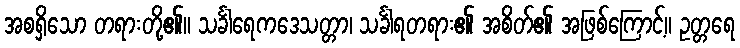
အစရှိသော တရားတို့၏။ သင်္ခါရေကဒေသတ္တာ၊ သင်္ခါရတရား၏ အစိတ်၏ အဖြစ်ကြောင့်။ ဥတ္တရေ